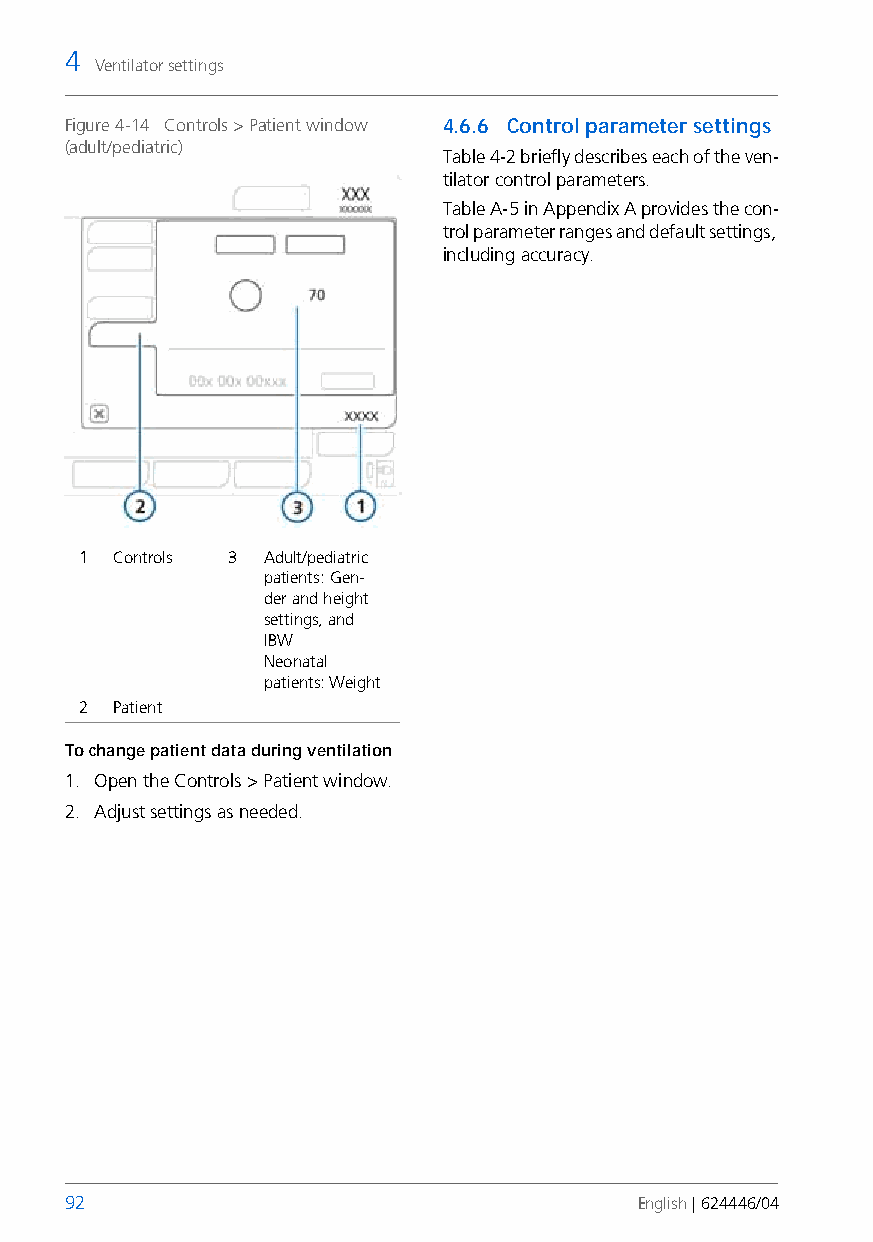
4
 Ventilator settings
 Figure 4-14 Controls > Patient window 4.6.6 Control parameter settings
 (adult/pediatric)
 Table 4-2 briefly describes each of the ven-
 tilator control parameters.
 Table A-5 in Appendix A provides the con-
 trol parameter ranges and default settings,
 including accuracy.
 1  Controls 3 Adult/pediatric
 patients: Gen-
 der and height
 settings, and
 IBW
 Neonatal
 patients: Weight
 2  Patient
 To change patient data during ventilation
 1. Open the Controls > Patient window.
 2. Adjust settings as needed.
 92                                    English | 624446/04